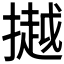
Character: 𢵼